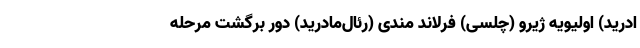
ادرید) اولیویه ژیرو (چلسی) فرلاند مندی (رئال‌مادرید) دور برگشت مرحله